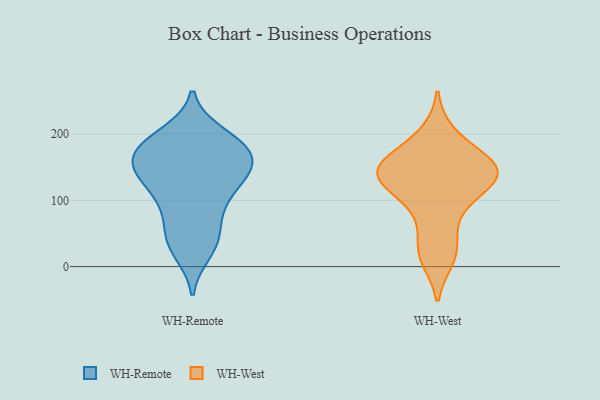
{"axis": {"x": "Satisfaction Score", "y": "Value"}, "legend": ["WH-Remote", "WH-West"], "data": [{"x": "", "y": 144, "type": "WH-Remote"}, {"x": "", "y": 178, "type": "WH-Remote"}, {"x": "", "y": 185, "type": "WH-Remote"}, {"x": "", "y": 23, "type": "WH-Remote"}, {"x": "", "y": 177, "type": "WH-Remote"}, {"x": "", "y": 172, "type": "WH-Remote"}, {"x": "", "y": 193, "type": "WH-Remote"}, {"x": "", "y": 172, "type": "WH-Remote"}, {"x": "", "y": 126, "type": "WH-Remote"}, {"x": "", "y": 149, "type": "WH-Remote"}, {"x": "", "y": 87, "type": "WH-Remote"}, {"x": "", "y": 133, "type": "WH-Remote"}, {"x": "", "y": 108, "type": "WH-Remote"}, {"x": "", "y": 38, "type": "WH-Remote"}, {"x": "", "y": 199, "type": "WH-Remote"}, {"x": "", "y": 148, "type": "WH-Remote"}, {"x": "", "y": 52, "type": "WH-Remote"}, {"x": "", "y": 88, "type": "WH-Remote"}, {"x": "", "y": 35, "type": "WH-Remote"}, {"x": "", "y": 144, "type": "WH-Remote"}, {"x": "", "y": 157, "type": "WH-West"}, {"x": "", "y": 157, "type": "WH-West"}, {"x": "", "y": 200, "type": "WH-West"}, {"x": "", "y": 144, "type": "WH-West"}, {"x": "", "y": 26, "type": "WH-West"}, {"x": "", "y": 109, "type": "WH-West"}, {"x": "", "y": 122, "type": "WH-West"}, {"x": "", "y": 71, "type": "WH-West"}, {"x": "", "y": 133, "type": "WH-West"}, {"x": "", "y": 137, "type": "WH-West"}, {"x": "", "y": 13, "type": "WH-West"}, {"x": "", "y": 159, "type": "WH-West"}]}